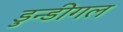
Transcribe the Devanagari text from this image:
डुन्डीगल